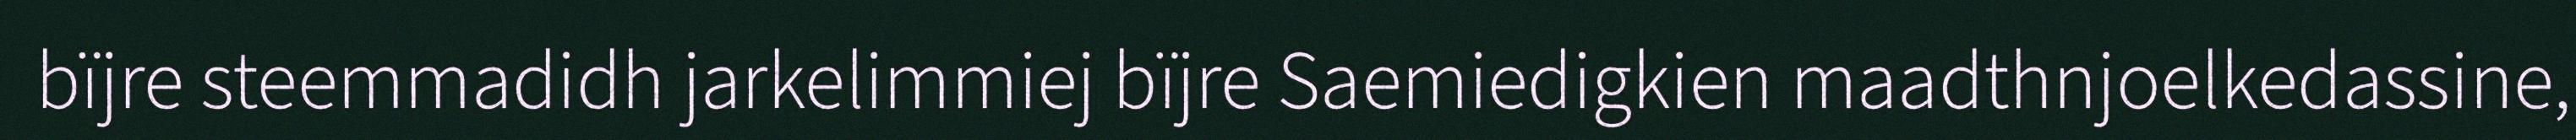
bïjre steemmadidh jarkelimmiej bïjre Saemiedigkien maadthnjoelkedassine,